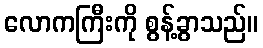
လောကကြီးကို စွန့်ခွာသည်။